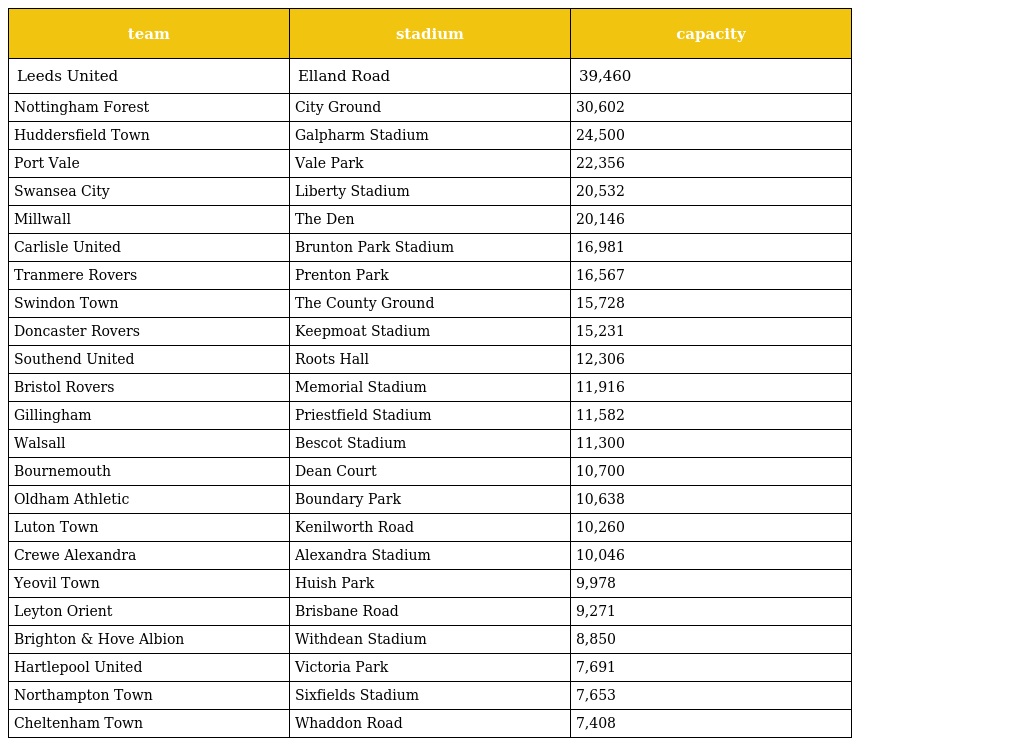
| team | stadium | capacity |
 | --- | --- | --- |
 | Leeds United | Elland Road | 39,460 |
 | Nottingham Forest | City Ground | 30,602 |
 | Huddersfield Town | Galpharm Stadium | 24,500 |
 | Port Vale | Vale Park | 22,356 |
 | Swansea City | Liberty Stadium | 20,532 |
 | Millwall | The Den | 20,146 |
 | Carlisle United | Brunton Park Stadium | 16,981 |
 | Tranmere Rovers | Prenton Park | 16,567 |
 | Swindon Town | The County Ground | 15,728 |
 | Doncaster Rovers | Keepmoat Stadium | 15,231 |
 | Southend United | Roots Hall | 12,306 |
 | Bristol Rovers | Memorial Stadium | 11,916 |
 | Gillingham | Priestfield Stadium | 11,582 |
 | Walsall | Bescot Stadium | 11,300 |
 | Bournemouth | Dean Court | 10,700 |
 | Oldham Athletic | Boundary Park | 10,638 |
 | Luton Town | Kenilworth Road | 10,260 |
 | Crewe Alexandra | Alexandra Stadium | 10,046 |
 | Yeovil Town | Huish Park | 9,978 |
 | Leyton Orient | Brisbane Road | 9,271 |
 | Brighton & Hove Albion | Withdean Stadium | 8,850 |
 | Hartlepool United | Victoria Park | 7,691 |
 | Northampton Town | Sixfields Stadium | 7,653 |
 | Cheltenham Town | Whaddon Road | 7,408 |